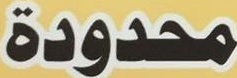
محدودة